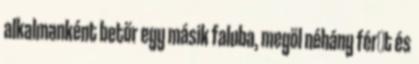
alkalmanként betör egy másik faluba, megöl néhány férﬁt és